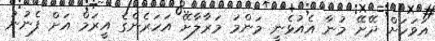
އަވަހަށް ދޭށޭ މުނާ އެއުޅެނީ މަންމަ މަރާލާށޭ އަހަރެންގެ އީރަމް އަށް ފެނުނު